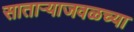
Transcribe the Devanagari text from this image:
साताऱ्याजवळच्या